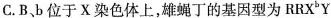
C. B、b位于X染色体上，雄蝇丁的基因型为RRX^{b}Y